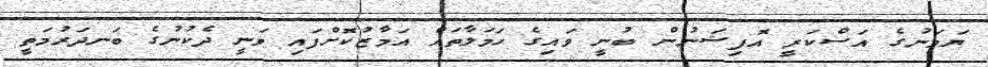
ޔަަމަނުގެ އަސްކަރީ އޮފިޝަނުން ބުނީ ވައިގެ ހަަމަލާތައް އަމާޒުކޮށްފައި ވަނީ ދެކުނުގެ ބަނދަރުމަތީ